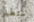
ستطير